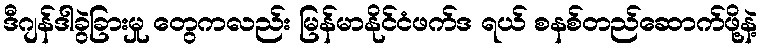
ဒီဂျန်ဒါခွဲခြားမှု တွေကလည်း မြန်မာနိုင်ငံဖက်ဒ ရယ် စနစ်တည်ဆောက်ဖို့နဲ့